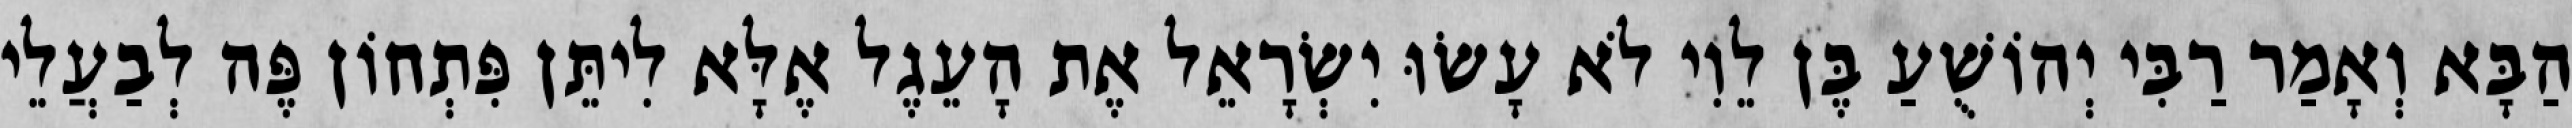
הַבָּא וְאָמַר רַבִּי יְהוֹשֻׁעַ בֶּן לֵוִי לֹא עָשׂוּ יִשְׂרָאֵל אֶת הָעֵגֶל אֶלָּא לִיתֵּן פִּתְחוֹן פֶּה לְבַעֲלֵי